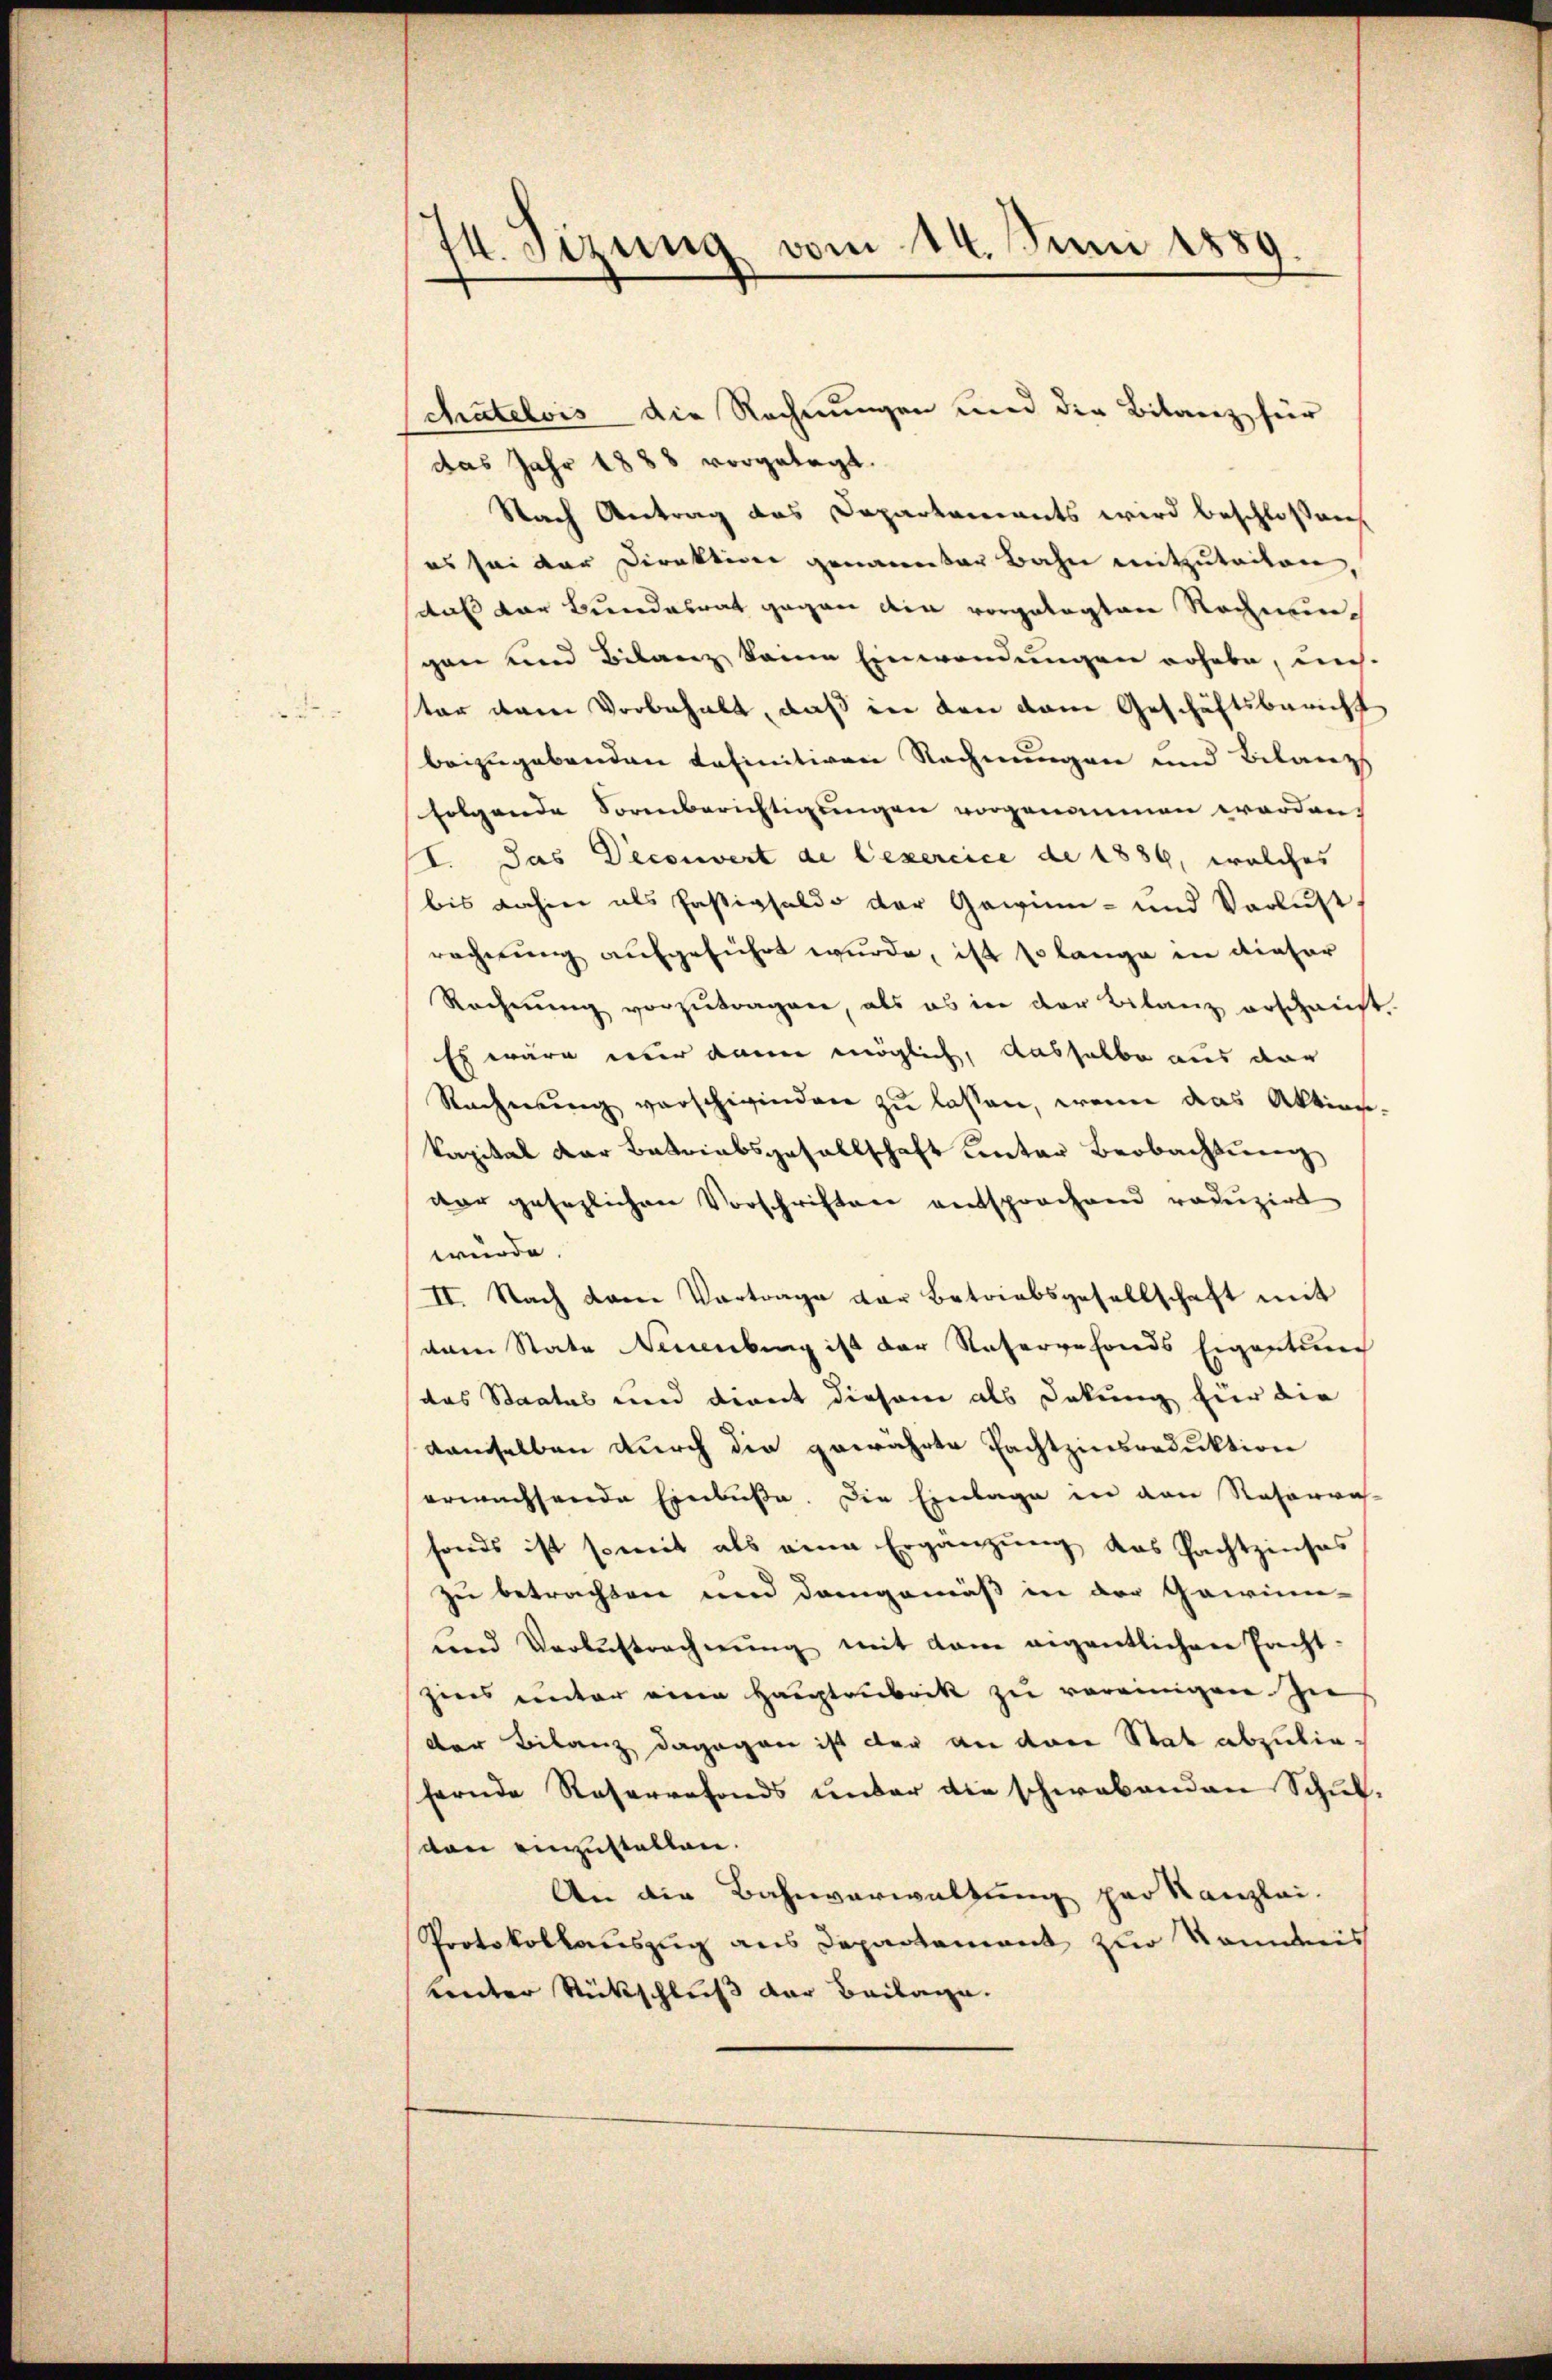
74. Sizung vom 14. Juni 1889

chatelvis die Rechnungen und die Bilanz für
das Jahr 1888 vorgelegt.
Nach Antrag des Departements wird beschlossen,
es sei der Direktion genannter Bahn mitzuteiten,
aaf der Bundesrat gegen die vorgelegten Rechnungan und Bilanz kann Einwendungen erhabe, un-
ter dem Vorbehalt, daß in den dem Geschäftsbericht
beizugebenden definitiven Rechnungen und Bilanzs
folgende Sorenberichtigungen vorgenommen worden.
I. das Deconvert de lexercice de 1889, welches
bis dahin als Passivsaldo der Gewinn- und Verlust.
rechnung aufgeführt wurde, ist so lange in dieser
Rechnung vorzutragen, als es in der Bilanz erschaust.
Es wäre wir dann möglich, dasselbe aus der
Rechnung verschwinden zŭ lassen, wenn das Aktion-
kapital der Betriebsgesellschaft unter Beobachtung
dar gesezlichen Vorschriften entsprochend reduzirt
würde.
II. Nach dem Vortrage der Betriebsgesellschaft mit
dam State Neuenburg ist der Vatervefonds Eigentung
das Staates und dient diesem als Dekung für die
damselben durch die gewährte Pachtzinsroduktion
erwachsende Einbuße. Die Einlage in den Reserva
fonds ist somit als eine Ergänzung das Pachtzinses
zu betrachten und demgemäß in der Gewinn-
Lnd Verbestrechnŭng mit dem eigentlichen Pacht-
ziers unter eine Haŭptrubrik zŭ vereinigen zu
der Bilanz dagegen ist der an drei Stat abzuliefernde Reservefonds unter die schwabenden Schul-
von einzustellen.
An die Bahnverwaltung per Kanzlei-
Protokollauszug aus Departement zur Kenntnis
unter Rückschluß der Beilage.